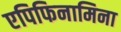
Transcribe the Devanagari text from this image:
एपिफिनामिना